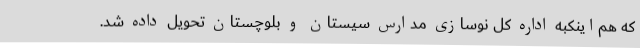
که هم‌اینکبه اداره کل نوسازی مدارس سیستان و بلوچستان تحویل داده شد.